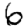
Digit: 6